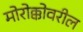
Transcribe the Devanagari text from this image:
मोरोक्कोवरील